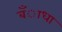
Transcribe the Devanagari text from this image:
बँाधा